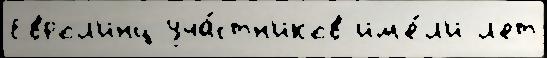
Еврол'инц уча́стн'иков им'е́л'и л'ет